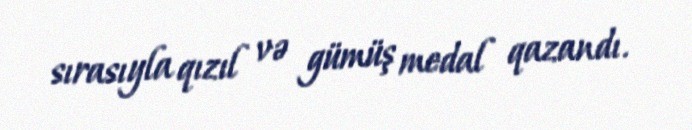
sırasıyla qızıl və gümüş medal qazandı.